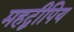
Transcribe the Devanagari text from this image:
महद्वीपिय